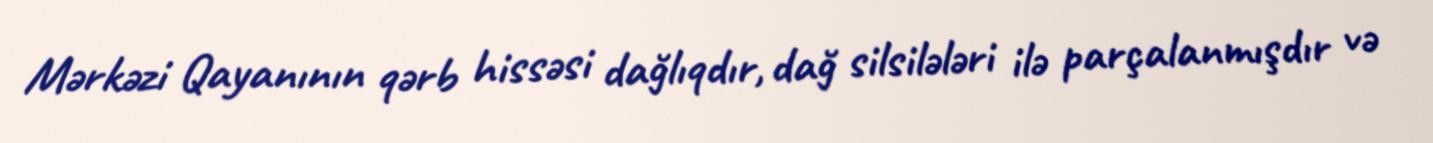
Mərkəzi Qayanının qərb hissəsi dağlıqdır, dağ silsilələri ilə parçalanmışdır və